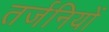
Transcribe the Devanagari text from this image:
तर्जनियों